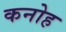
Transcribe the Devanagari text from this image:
कनोह